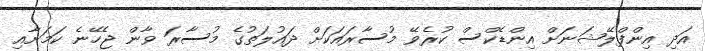
އަދި އިންފްލޭޝަނަށް އިންޑެކްސް ކުރެވޭ މުސާރައަކަށް ދައުލަތުގެ މުސާރަ ވާން ޖެހޭނެ ކަމަށާއި